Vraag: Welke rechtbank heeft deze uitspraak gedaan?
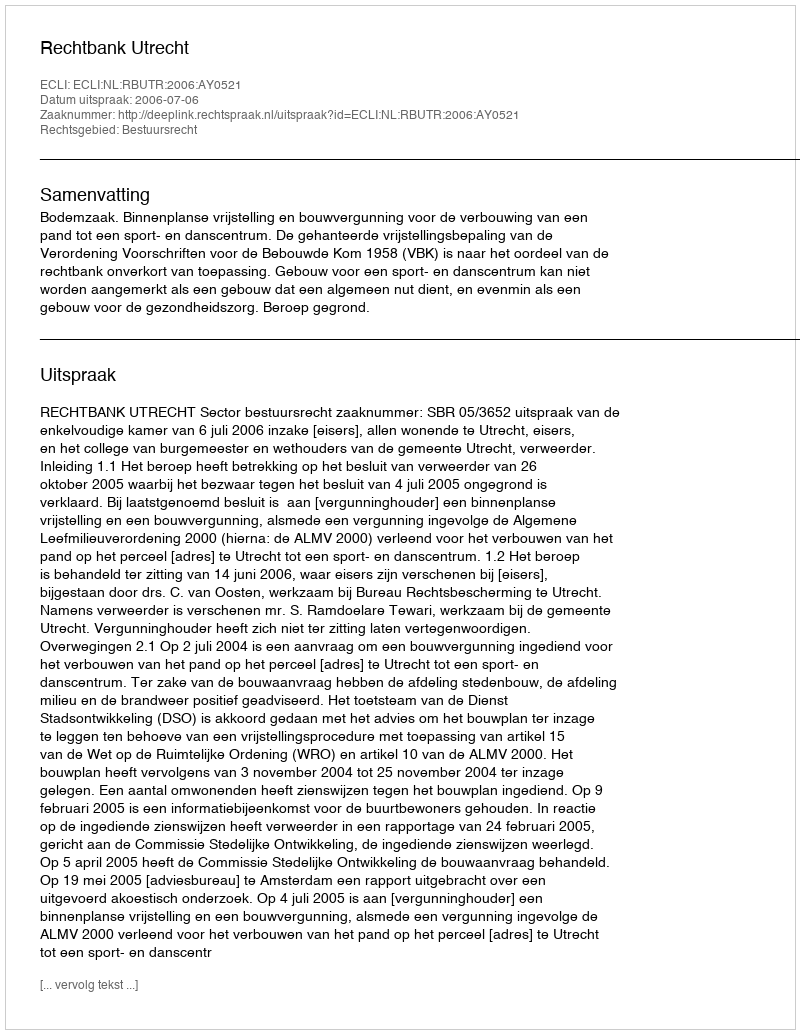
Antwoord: Rechtbank Utrecht